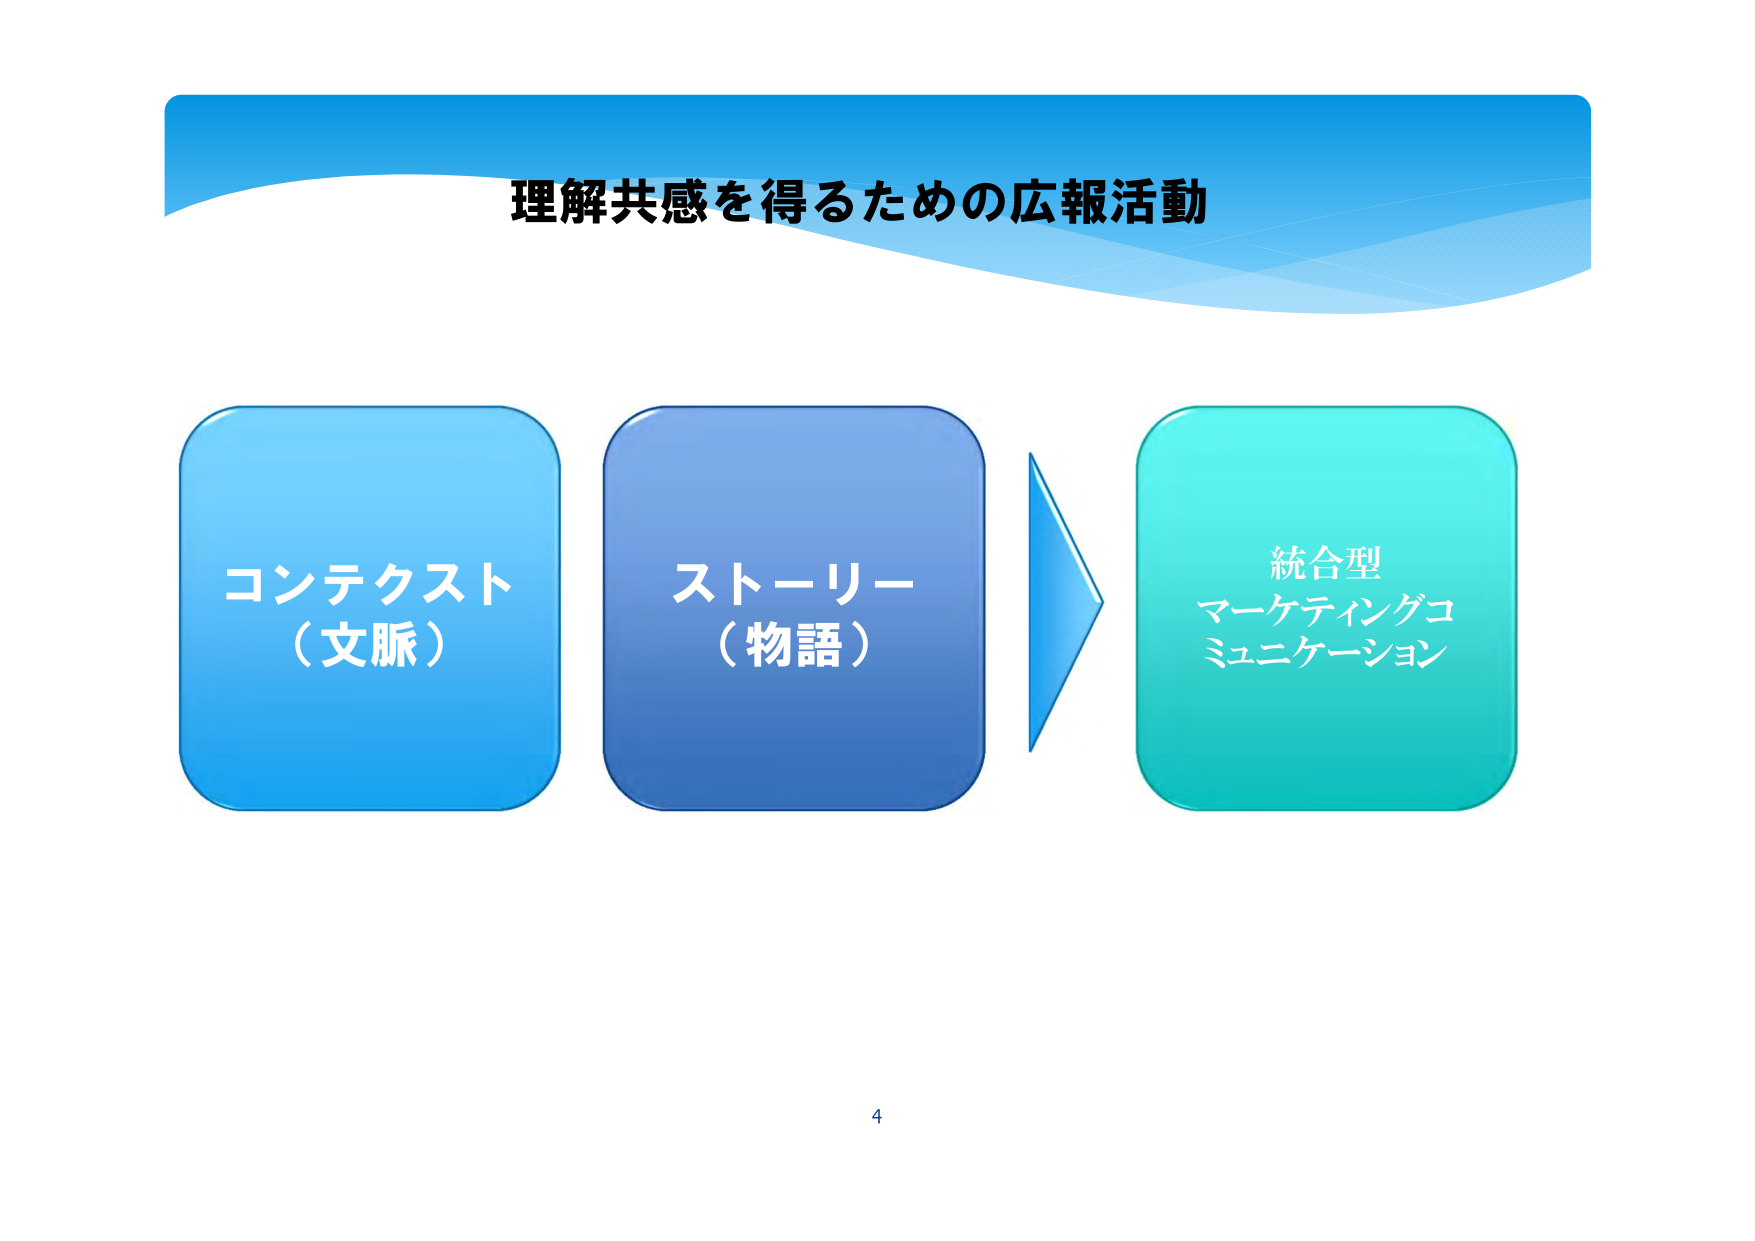
理解共感を得るための広報活動

コンテクスト
（文脈）

ストーリー
（物語）

統合型
マーケティングコ
ミュニケーション

4